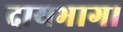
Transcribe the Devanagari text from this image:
दायभाग।